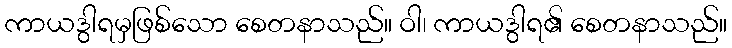
ကာယဒွါရမှဖြစ်သော စေတနာသည်။ ဝါ၊ ကာယဒွါရ၏ စေတနာသည်။